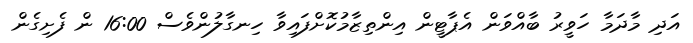
އަދި މާދަމާ ހަވީރު ބާއްވަން އެޕާޓީން އިންތިޒާމުކޮށްފައިވާ ހިނގާލުންވެސް 16:00 ން ފެށިގެން